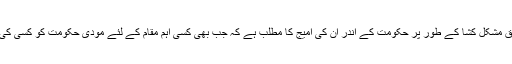
موجودہ نظام کے ساتھ داس کی قربت اور ایک لائق مشکل کشا کے طور پر حکومت کے اندر ان کی امیج کا مطلب ہے کہ جب بھی کسی اہم مقام کے لئے مودی حکومت کو کسی کی تلاش ہوتی ہے، تب ان کا نام اکثر سامنے آتا ہے۔